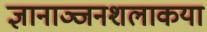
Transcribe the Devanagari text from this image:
ज्ञानाञ्जनशलाकया